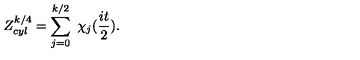
Z _ { c y l } ^ { k / 4 } = \sum _ { j = 0 } ^ { k / 2 } \ \chi _ { j } ( \frac { i t } { 2 } ) .